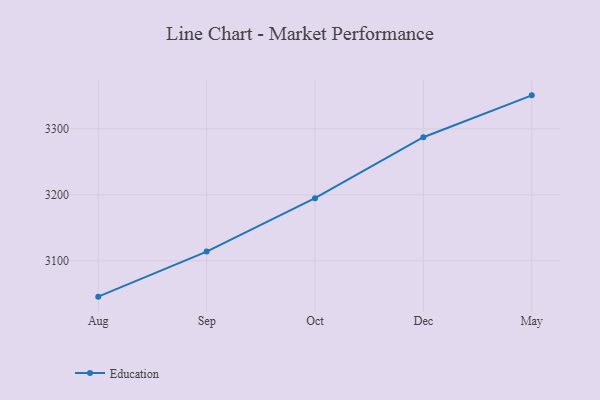
{"axis": {"x": "Month", "y": "Operating Costs (USD K)"}, "legend": ["Education"], "data": [{"x": "Aug", "y": 3045.7, "type": "Education"}, {"x": "Sep", "y": 3114.0, "type": "Education"}, {"x": "Oct", "y": 3195.0, "type": "Education"}, {"x": "Dec", "y": 3287.3, "type": "Education"}, {"x": "May", "y": 3350.8, "type": "Education"}]}